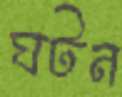
ঘটন